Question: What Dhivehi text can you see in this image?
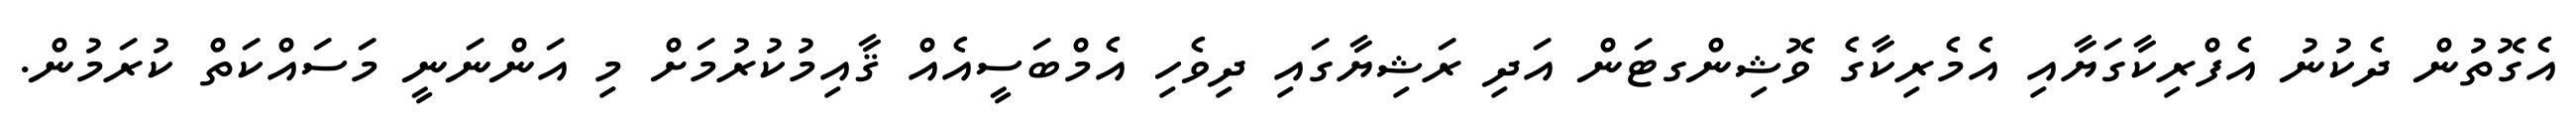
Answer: އެގޮތުން ދެކުނު އެފްރިކާގަޔާއި އެމެރިކާގެ ވޮޝިންގޓަން އަދި ރަޝިޔާގައި ދިވެހި އެމްބަސީއެއް ޤާއިމުކުރުމަށް މި އަންނަނީ މަސައްކަތް ކުރަމުން.